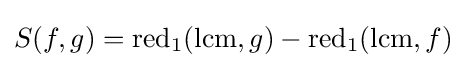
S(f,g)=\operatorname {red} _{1}(\mathrm {lcm} ,g)-\operatorname {red} _{1}(\mathrm {lcm} ,f)